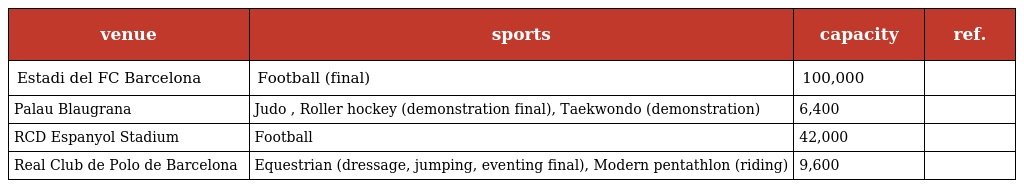
| venue | sports | capacity | ref. |
 | --- | --- | --- | --- |
 | Estadi del FC Barcelona | Football (final) | 100,000 |  |
 | Palau Blaugrana | Judo , Roller hockey (demonstration final), Taekwondo (demonstration) | 6,400 |  |
 | RCD Espanyol Stadium | Football | 42,000 |  |
 | Real Club de Polo de Barcelona | Equestrian (dressage, jumping, eventing final), Modern pentathlon (riding) | 9,600 |  |